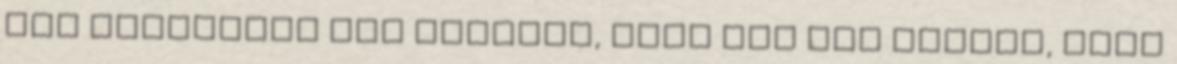
úgy gondoltam cím alapján, hogy ezt nem hiszem, hogy